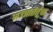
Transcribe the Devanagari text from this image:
मज्जातंतूंचा